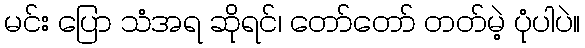
မင်း ပြော သံအရ ဆိုရင်၊ တော်တော် တတ်မဲ့ ပုံပါပဲ။